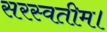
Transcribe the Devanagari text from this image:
सरस्वतीम।